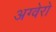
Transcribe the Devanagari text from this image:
अग्वेरो